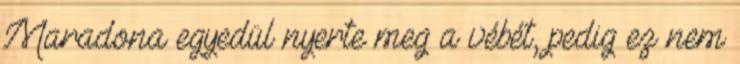
Maradona egyedül nyerte meg a vébét, pedig ez nem